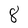
Character: 8